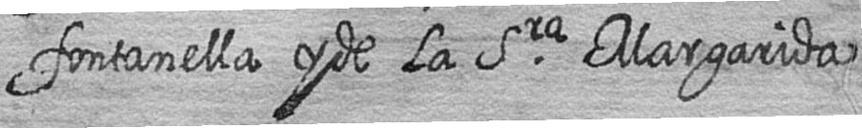
fontanella y de la Sra Margarida